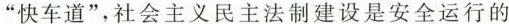
快车道”，社会主义民主法制建设是安全运行的